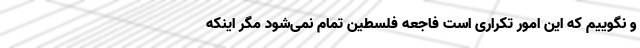
و نگوییم که این امور تکراری است فاجعه فلسطین تمام نمی‌شود مگر اینکه